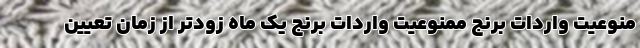
منوعیت واردات برنج ممنوعیت واردات برنج یک ماه زودتر از زمان تعیین